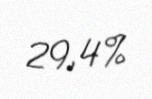
29,4%